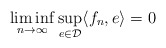
\begin{align*} \liminf_{n \to \infty}\sup_{e \in \mathcal{D}} \langle f_n, e\rangle = 0\end{align*}